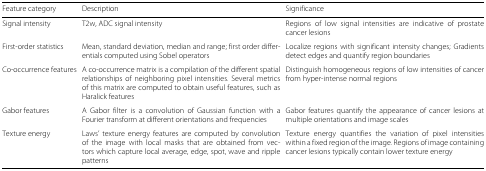
<table><thead><tr><td><b>Feature category</b></td><td><b>Description</b></td><td><b>Significance</b></td></tr></thead><tbody><tr><td>Signal intensity</td><td>T2w, ADC signal intensity</td><td>Regions of low signal intensities are indicative of prostate cancer lesions</td></tr><tr><td>First-order statistics</td><td>Mean, standard deviation, median and range; first order differentials computed using Sobel operators</td><td>Localize regions with significant intensity changes; Gradients detect edges and quantify region boundaries</td></tr><tr><td>Co-occurrence features</td><td>A co-occurrence matrix is a compilation of the different spatial relationships of neighboring pixel intensities. Several metrics of this matrix are computed to obtain useful features, such as Haralick features</td><td>Distinguish homogeneous regions of low intensities of cancer from hyper-intense normal regions</td></tr><tr><td>Gabor features</td><td>A Gabor filter is a convolution of Gaussian function with a Fourier transform at different orientations and frequencies</td><td>Gabor features quantify the appearance of cancer lesions at multiple orientations and image scales</td></tr><tr><td>Texture energy</td><td>Laws’ texture energy features are computed by convolution of the image with local masks that are obtained from vectors which capture local average, edge, spot, wave and ripple patterns</td><td>Texture energy quantifies the variation of pixel intensities within a fixed region of the image. Regions of image containing cancer lesions typically contain lower texture energy</td></tr></tbody></table>